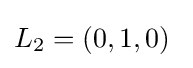
L_{2}=(0,1,0)\